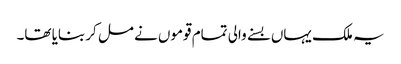
یہ ملک یہاں بسنے والی تمام قوموں نے مل کر بنایا تھا۔